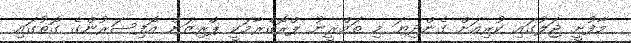
މާފުށީ ޖަލުގައި ކުރިއަށް ގެންދިޔަ މި ތަމްރީނު ޕްރޮގްރާމަކީ ޕްރިޒަން އޮފިސަރުންގެ ގޮތުގައި